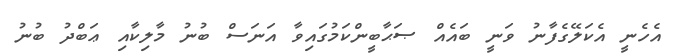
އެހެނީ އެކަލޭގެފާނު ވަނީ ބައެއް ޞަޙާބީންކަމުގައިވާ އަނަސް ބުނު މާލިކާއި ޢަބްދު ބުނު